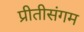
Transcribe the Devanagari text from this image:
प्रीतीसंगम